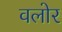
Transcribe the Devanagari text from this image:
वलोर